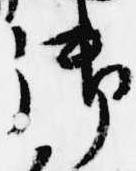
御